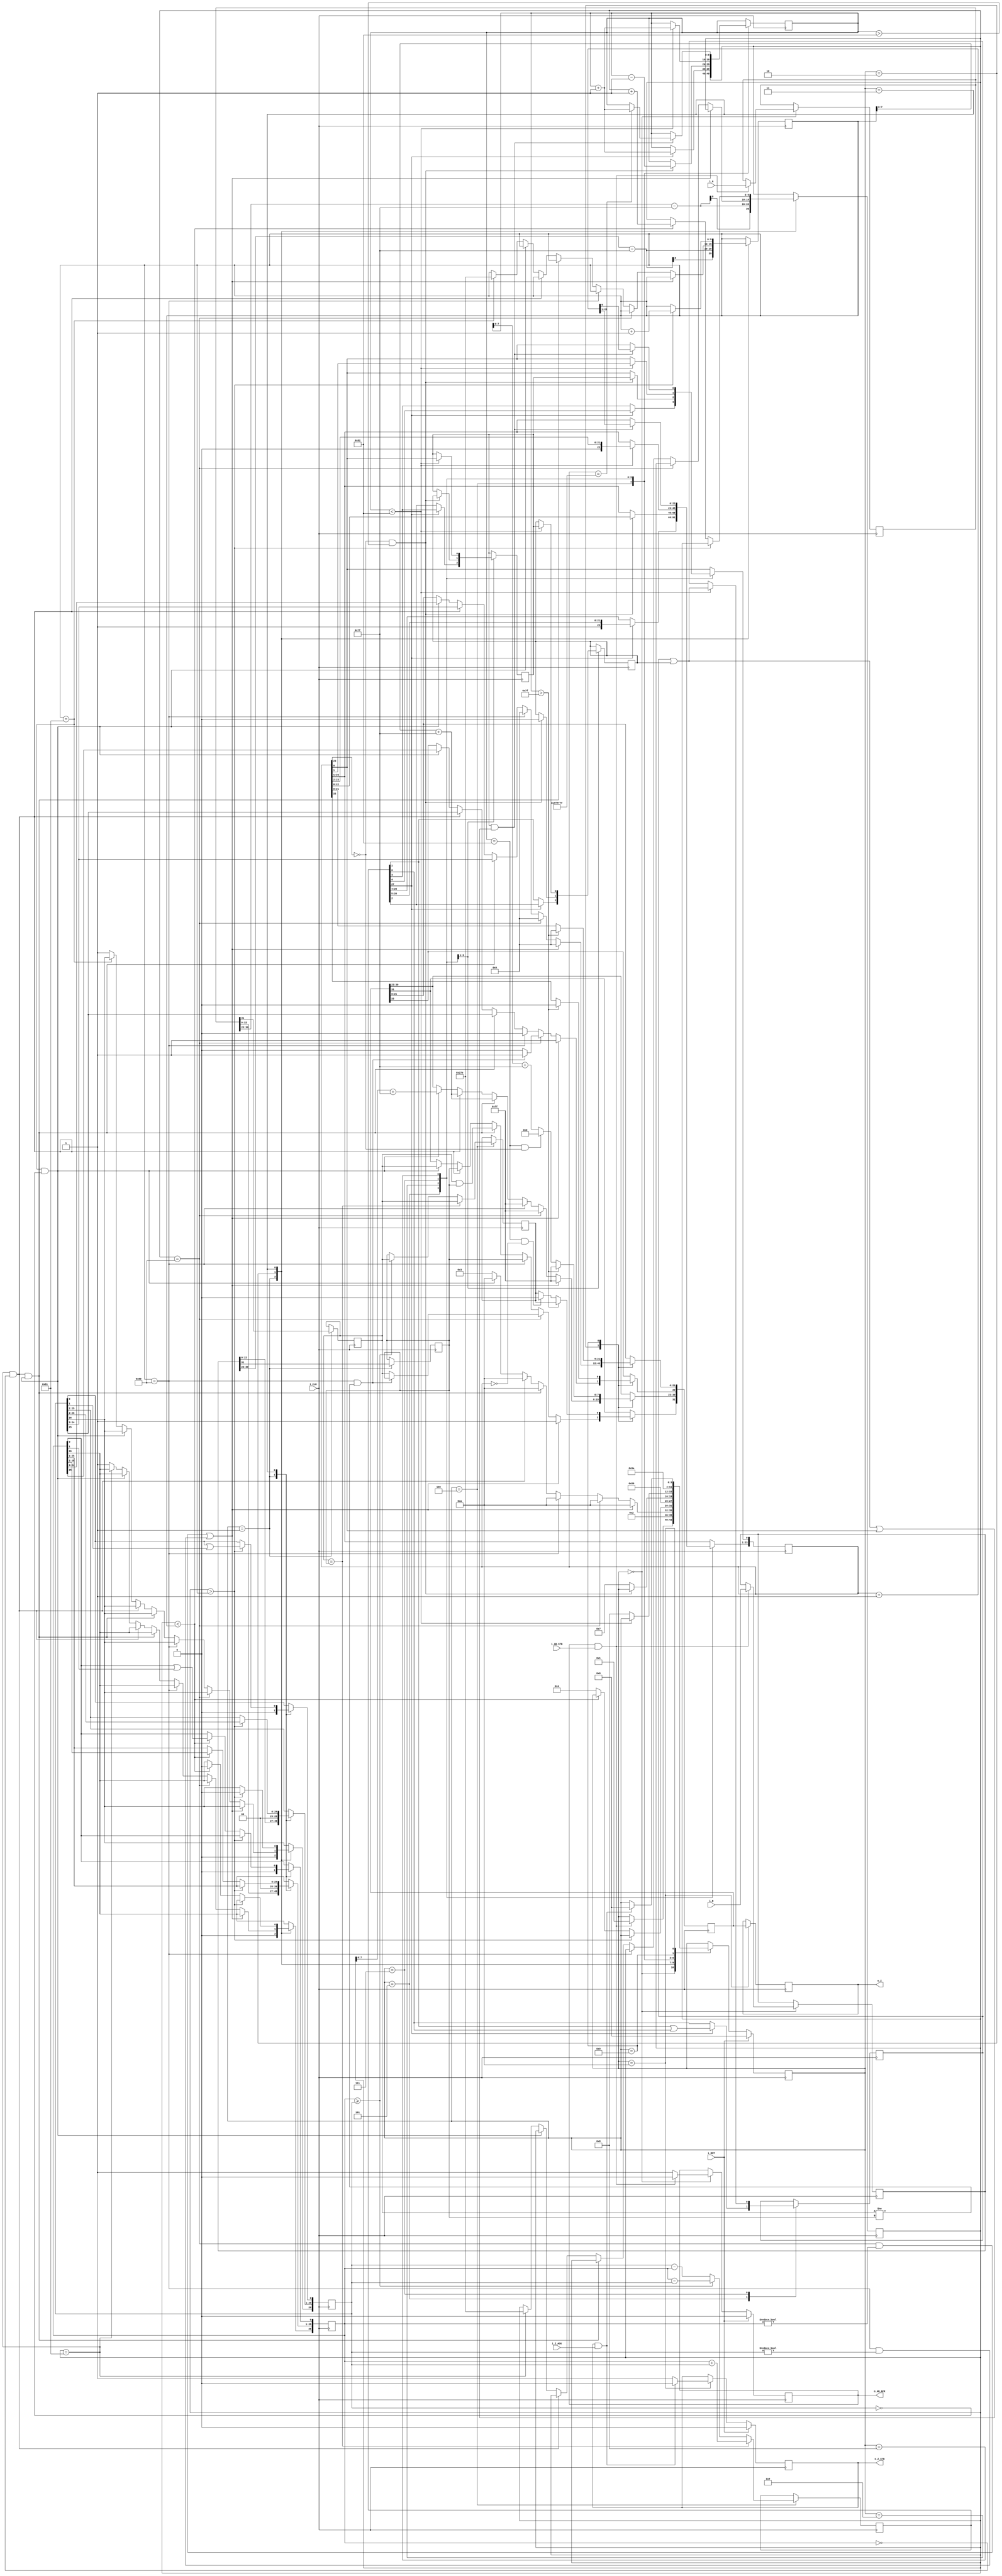
//IEEE Floating Point Adder (Single Precision)
//Copyright (C) Jonathan P Dawson 2013
//2013-12-12
// A+B => Z
module float_adder(
  input [31:0] i_A, // input a
  input [31:0] i_B, // input b
  input i_AB_STB, // input data is valid
  output reg o_AB_ACK, // A flag that next calculation is ready
  output reg [31:0] o_Z,  // output data
  output reg o_Z_STB, // Calculation is done, and output data is valid
  input i_Z_ACK, // A flag that external module get data, so, o_Z is going to meaningless
  // it can be used as elongating o_Z_STB High (1)
  input i_CLK, // clock
  input i_RST // reset activate High(1)(synchronous)
  );
  // CHANGED: remove state get_b
  reg       [3:0] state;
  parameter get_ab         = 4'd0,
            unpack        = 4'd1,
            special_cases = 4'd2,
            align         = 4'd3,
            add_0         = 4'd4,
            add_1         = 4'd5,
            normalise_1   = 4'd6,
            normalise_2   = 4'd7,
            round         = 4'd8,
            pack          = 4'd9,
            put_z         = 4'd10;

  reg       [31:0] a, b, z;
  reg       [26:0] a_m, b_m;
  reg       [23:0] z_m;
  reg       [9:0] a_e, b_e, z_e;
  reg       a_s, b_s, z_s;
  reg       guard, round_bit, sticky;
  reg       [27:0] sum;
  // sync_set_reset directive does not affect the logical behavior of a design 
  // instead it only impacts the functional implementation of design 
  // this swithch make DC avoid re-synthesizing the design late 
  // synopsys sync_set_reset "i_RST"
  always @(posedge i_CLK)
  begin
    case(state)
      get_ab:
      begin
        o_AB_ACK <= 1;
		    if (o_AB_ACK && i_AB_STB) begin
          a <= i_A;
			    b <= i_B;
          o_AB_ACK <= 0;
          state <= unpack;
        end
      end

      unpack:
      begin
        a_m <= {a[22 : 0], 3'd0};
        b_m <= {b[22 : 0], 3'd0};
        a_e <= a[30 : 23] - 8'h7f; // 127
        b_e <= b[30 : 23] - 8'h7f; // 127
        a_s <= a[31];
        b_s <= b[31];
        state <= special_cases;
      end

      special_cases:
      begin
        //if a is NaN or b is NaN return NaN
        if ((a_e == 128 && a_m != 0) || (b_e == 128 && b_m != 0)) begin
          z[31] <= 1;
          z[30:23] <= 255;
          z[22] <= 1;
          z[21:0] <= 0;
          state <= put_z;
        //if a is inf return inf
        end else if (a_e == 128) begin
          z[31] <= a_s;
          z[30:23] <= 255;
          z[22:0] <= 0;
          //if a is inf and signs don't match return nan
          if ((b_e == 128) && (a_s != b_s)) begin
              z[31] <= b_s;
              z[30:23] <= 255;
              z[22] <= 1;
              z[21:0] <= 0;
          end
          state <= put_z;
        //if b is inf return inf
        end else if (b_e == 128) begin
          z[31] <= b_s;
          z[30:23] <= 255;
          z[22:0] <= 0;
          state <= put_z;
        //if a is zero return b
        end else if ((($signed(a_e) == -127) && (a_m == 0)) && (($signed(b_e) == -127) && (b_m == 0))) begin
          z[31] <= a_s & b_s;
          z[30:23] <= b_e[7:0] + 8'h7f; // 127
          z[22:0] <= b_m[26:3];
          state <= put_z;
        //if a is zero return b
        end else if (($signed(a_e) == -127) && (a_m == 0)) begin
          z[31] <= b_s;
          z[30:23] <= b_e[7:0] + 8'h7f; // 127
          z[22:0] <= b_m[26:3];
          state <= put_z;
        //if b is zero return a
        end else if (($signed(b_e) == -127) && (b_m == 0)) begin
          z[31] <= a_s;
          z[30:23] <= a_e[7:0] + 8'h7f; // 127
          z[22:0] <= a_m[26:3];
          state <= put_z;
        end else begin
          //Denormalised Number
          if ($signed(a_e) == -127) begin
            a_e <= $signed(10'b1001111110); // -126
          end else begin
            a_m[26] <= 1;
          end
          //Denormalised Number
          if ($signed(b_e) == -127) begin
            b_e <= $signed(10'b1001111110); // -126
          end else begin
            b_m[26] <= 1;
          end
          state <= align;
        end
      end

      align:
      begin
        if ($signed(a_e) > $signed(b_e)) begin
          b_e <= b_e + 1'b1;
          b_m <= b_m >> 1;
          b_m[0] <= b_m[0] | b_m[1];
        end else if ($signed(a_e) < $signed(b_e)) begin
          a_e <= a_e + 1'b1;
          a_m <= a_m >> 1;
          a_m[0] <= a_m[0] | a_m[1];
        end else begin
          state <= add_0;
        end
      end

      add_0:
      begin
        z_e <= a_e;
        if (a_s == b_s) begin
          sum <= a_m + b_m;
          z_s <= a_s;
        end else begin
          if (a_m >= b_m) begin
            sum <= a_m - b_m;
            z_s <= a_s;
          end else begin
            sum <= b_m - a_m;
            z_s <= b_s;
          end
        end
        state <= add_1;
      end

      add_1:
      begin
        if (sum[27]) begin
          z_m <= sum[27:4];
          guard <= sum[3];
          round_bit <= sum[2];
          sticky <= sum[1] | sum[0];
          z_e <= z_e + 1'b1;
        end else begin
          z_m <= sum[26:3];
          guard <= sum[2];
          round_bit <= sum[1];
          sticky <= sum[0];
        end
        state <= normalise_1;
      end

      normalise_1:
      begin
        if (z_m[23] == 0 && $signed(z_e) > -126) begin
          z_e <= z_e - 1'b1;
          z_m <= z_m << 1;
          z_m[0] <= guard;
          guard <= round_bit;
          round_bit <= 0;
        end else begin
          state <= normalise_2;
        end
      end

      normalise_2:
      begin
        if ($signed(z_e) < -126) begin
          z_e <= z_e + 1'b1;
          z_m <= z_m >> 1;
          guard <= z_m[0];
          round_bit <= guard;
          sticky <= sticky | round_bit;
        end else begin
          state <= round;
        end
      end

      round:
      begin
        if (guard && (round_bit | sticky | z_m[0])) begin
          z_m <= z_m + 1'b1;
          if (z_m == 24'hffffff) begin
            z_e <=z_e + 1'b1;
          end
        end
        state <= pack;
      end

      pack:
      begin
        z[22 : 0] <= z_m[22:0];
        z[30 : 23] <= z_e[7:0] + 8'h7f;
        z[31] <= z_s;
        if ($signed(z_e) == -126 && z_m[23] == 0) begin
          z[30 : 23] <= 0;
        end
        if ($signed(z_e) == -126 && z_m[23:0] == 24'h0) begin
          z[31] <= 1'b0; // FIX SIGN BUG: -a + a = +0.
        end
        //if overflow occurs, return inf
        if ($signed(z_e) > 127) begin
          z[22 : 0] <= 0;
          z[30 : 23] <= 255;
          z[31] <= z_s;
        end
        state <= put_z;
      end

      put_z:
      begin
        // TODO : keep stb flag one clock
        o_Z_STB <= 1;
        o_Z <= z;
        if (o_Z_STB && i_Z_ACK) begin
          o_Z_STB <= 0;
          state <= get_ab;
        end
      end
    endcase

    if (i_RST == 1) begin
      state <= get_ab;
      o_AB_ACK <= 0;
      o_Z_STB <= 0;
    end
  end
endmodule